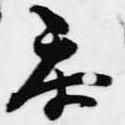
参